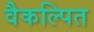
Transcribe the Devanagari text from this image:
वैकल्पित